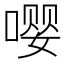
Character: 嘤